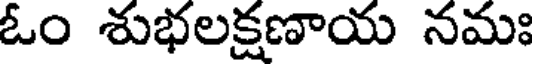
ఓం శుభలక్షణాయ నమః